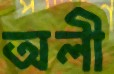
অলী